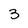
Character: 3